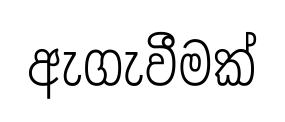
ඇගැවීමක්